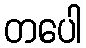
တပေါ